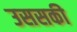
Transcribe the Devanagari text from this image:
उससकी